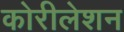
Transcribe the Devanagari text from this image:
कोरीलेशन